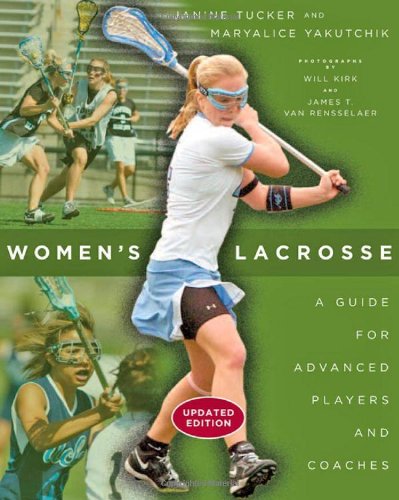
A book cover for Women's Lacrosse: A Guide for Advanced Players and Coaches; Janine Tucker; Sports & Outdoors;